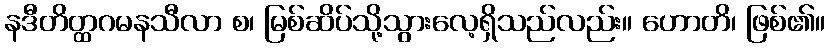
နဒီတိတ္ထဂမနသီလာ စ၊ မြစ်ဆိပ်သို့သွားလေ့ရှိသည်လည်း။ ဟောတိ၊ ဖြစ်၏။